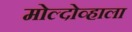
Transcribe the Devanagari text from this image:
मोल्दोव्हाला